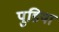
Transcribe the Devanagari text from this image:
पुडिया